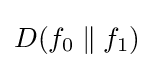
D(f_{0}\parallel f_{1})